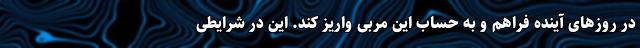
در روزهای آینده فراهم و به حساب این مربی واریز کند. این در شرایطی